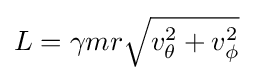
{L}=\gamma mr{\sqrt {v_{\theta }^{2}+v_{\phi }^{2}}}